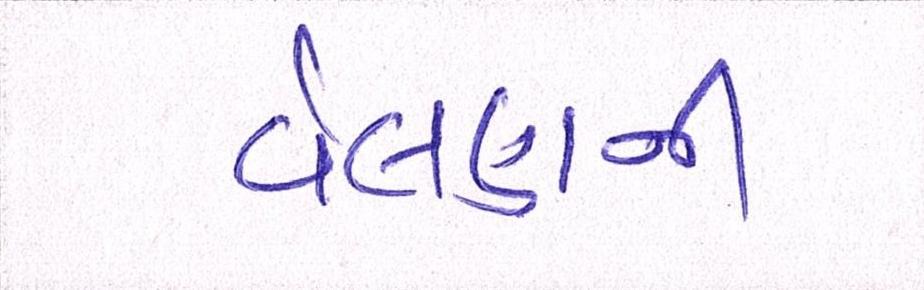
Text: વેલણની